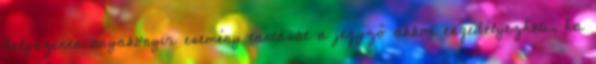
helyszínen anyakönyvi esemény tartását a jegyző akkor engedélyezheti, ha